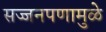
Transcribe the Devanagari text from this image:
सज्जनपणामुळे